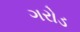
ગરોડ